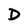
Character: D